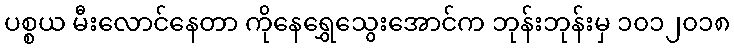
ပစ္စယ မီးလောင်နေတာ ကိုနေရွှေသွေးအောင်က ဘုန်းဘုန်းမှ ၁၀၁၂၀၁၈